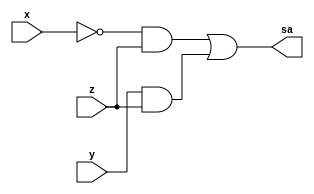
// ---------------------
// TRUTH TABLE
// Nome: marcos antonio lommez Candido Ribeiro
// 16/09/2022
// ---------------------

module SoPa (output sa, input x, y, z); //  m ( 1, 3, 7 )
    assign sa = (~x&z) | (y&z);
endmodule // SoP

module SoPb (output sb, input x, y, z); //  m ( 2, 4, 6 )
    assign sb = (y&~z) | (x&~z);
endmodule // SoP

module SoPc (output sc, input x, y, z); //  m ( 2, 4, 5, 7 )
    assign sc = (~x&y&~z) | (x&z) | (x&~y);
endmodule // SoP

module SoPd (output sd, input x, y, z); //  m ( 1, 2, 3, 7 )
    assign sd = (~x&z) | (~x&y) | (y&z);
endmodule // SoP

module SoPe (output se, input x, y, z); //  m ( 0, 2, 6, 7 )
    assign se = (~x&~z) | (y&~z) | (x&y);
endmodule // SoP


// ---------------------
// -- test_module
// ---------------------
module test_module;
    reg x, y, z;
    wire sa, sb, sc, sd, se;

    // instancias
    SoPa SOPa (sa, x, y, z);
    SoPb SOPb (sb, x, y, z);
    SoPc SOPc (sc, x, y, z);
    SoPd SOPd (sd, x, y, z);
    SoPe SOPe (se, x, y, z);
    
    // valores iniciais
    initial 
        begin: start
            x=1'bx; // indefinidos
            y=1'bx; // indefinidos
            z=1'bx; // indefinidos
        end

    // parte principal
    initial 
        begin: main
            // identificacao
            $display("Ex01 - Marcos Antonio Lommez - 771157");

            // monitoramento
            $display("\n");
            $display(" xyz =   a   b   c   d   e");
            $monitor(" %b%b%b =   %b   %b   %b   %b   %b", x, y, z, sa, sb, sc, sd, se);
            
            
            // sinalizacao
            #1 x=0; y=0; z=0;
            #1 x=0; y=0; z=1;
            #1 x=0; y=1; z=0;
            #1 x=0; y=1; z=1;
            #1 x=1; y=0; z=0;
            #1 x=1; y=0; z=1;
            #1 x=1; y=1; z=0;
            #1 x=1; y=1; z=1;
        end
endmodule // test_module